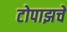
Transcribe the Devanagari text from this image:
टोपाझचे